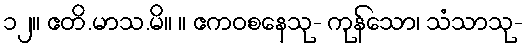
၁၂။ ဧတိ.မာသ.မိ။ ။ ဧကဝစနေသု- ကုန်သော၊ သံသာသု-